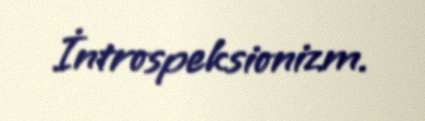
İntrospeksionizm.